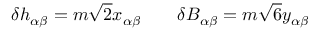
\delta h _ { \alpha \beta } = m \sqrt { 2 } x _ { \alpha \beta } \qquad \delta B _ { \alpha \beta } = m \sqrt { 6 } y _ { \alpha \beta }